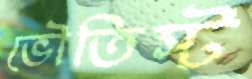
ভৌতিস্ট